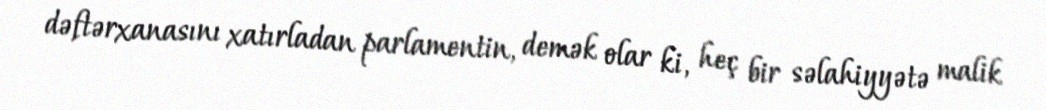
dəftərxanasını xatırladan parlamentin, demək olar ki, heç bir səlahiyyətə malik